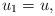
LaTeX: \begin{align*}u_1=u,\end{align*}